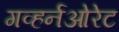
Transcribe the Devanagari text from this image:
गव्हर्नओरेट